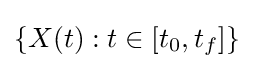
\{X(t):t\in [t_{0},t_{f}]\}